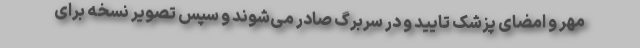
مهر و امضای پزشک تایید و در سربرگ صادر می‌شوند و سپس تصویر نسخه برای